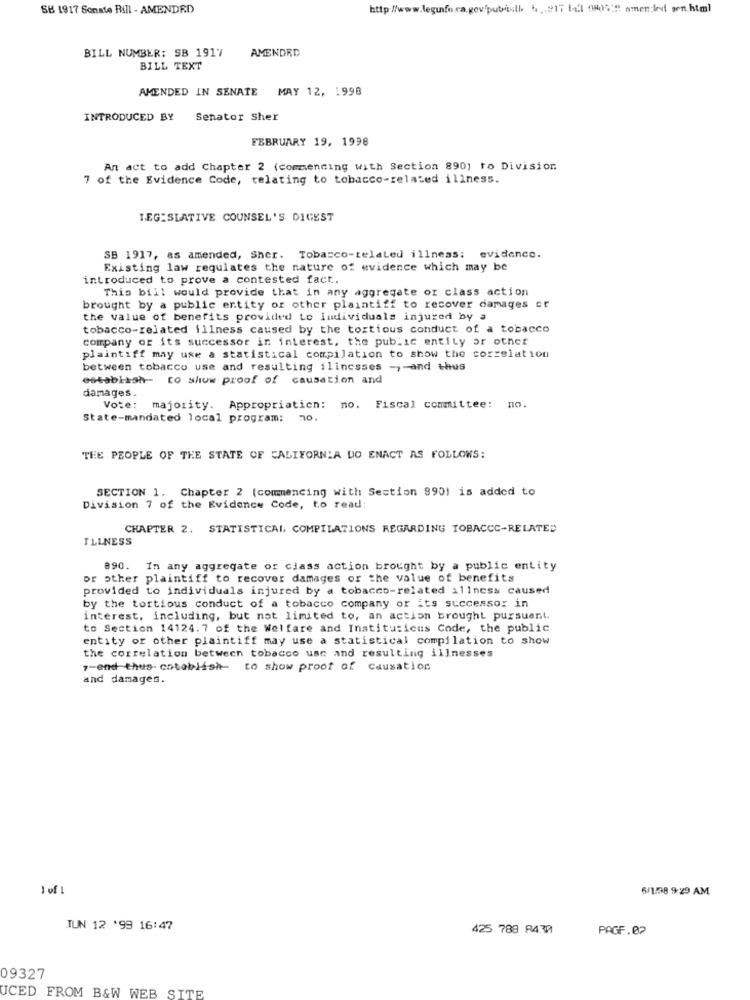
SB 1917 Sonate Bill - AMENDED
http://www.leginfo.ca.gov/pubisll. 4 .217 till 9815 amen:led arn.html
BILL NUMBER: SB 1917
AMENDED
BILL TEXT
AMENDED IN SENATE MAY 12, 1998
INTRODUCED BY
Senator Sher
FEBRUARY 19, 1998
An act to add Chapter 2 (commencing with Section 890) to Division
7 of the Evidence Code, relating to tobacco-related illness.
LEGISLATIVE COUNSEL'S DIGEST
SB 1917, as amended, Sher. Tobacco-related illness: evidence.
Existing law regulates the nature of evidence which may be
introduced to prove a contested fact.
This bill would provide that in any aggregate or class action
brought by a public entity or other plaintiff to recover damages cr
the value of benefits provided to individuals injured by a
tobacco-related illness caused by the tortious conduct of a tobacco
company or its successor ir interest, the public entity or other
plaintiff may use a statistical compilation to show the correlation
between tobacco use and resulting illnesses -, - and thus
establish- to show proof of causation and
damages.
no.
Vote: majority. Appropriation: no. Fiscal committee:
State-mandated local program: 10.
THE PEOPLE OF THE STATE OF CALIFORNIA DO ENACT AS FOLLOWS:
SECTION 1. Chapter 2 (commencing with Section 890) is added to
Division 7 of the Evidence Code, to read:
CHAPTER 2. STATISTICAL COMPILATIONS REGARDING TOBACCC-RELATED
ILLNESS
890. In any aggregate or class action brought by a public entity
or other plaintiff to recover damages or the value of benefits
provided to individuals injured by a tobacco-related illness caused
by the tortious conduct of a tobacco company or its successo: in
interest, including, but not limited to, an action brought pursuant.
to Section 14124.7 of the Welfare and Institutions Code, the public
entity or other plaintiff may use a statistical compilation to show
the correlation between tobacco use and resulting illnesses
7-end thus- cotablish- to show proof of causation
and damages.
1 of 1
6/1/98 9:29 AM
TUN 12 '99 16:47
425 788 84.30
PAGF.02
09327
UCED FROM B&W WEB SITE